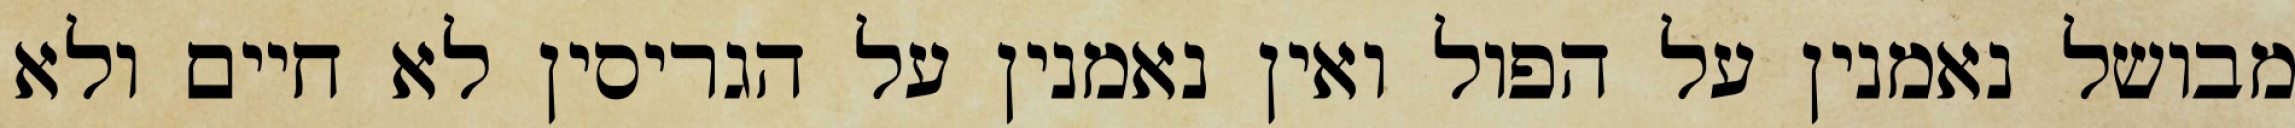
מבושל נאמנין על הפול ואין נאמנין על הגריסין לא חיים ולא